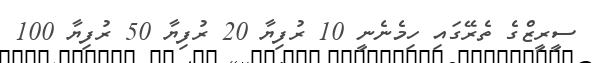
ސީރީޒްގެ ތެރޭގައި ހިމެނެނީ 10 ރުފިޔާ 20 ރުފިޔާ 50 ރުފިޔާ 100